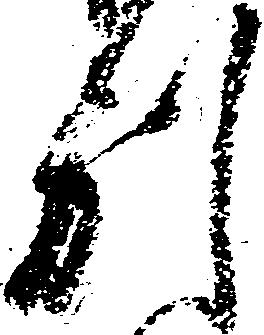
別